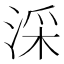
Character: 𣶶